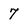
Character: 7